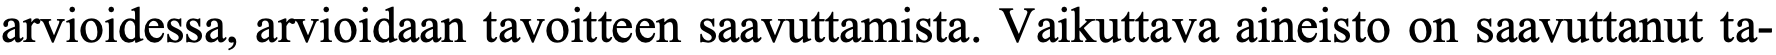
arvioidessa, arvioidaan tavoitteen saavuttamista. Vaikuttava aineisto on saavuttanut ta-